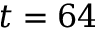
t = 6 4